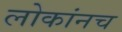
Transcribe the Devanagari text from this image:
लोकांनच